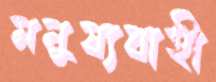
মনুষ্যবাহী